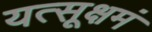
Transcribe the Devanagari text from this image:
यत्सूक्षमं